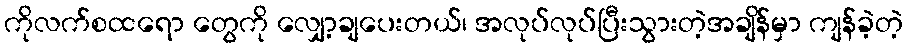
ကိုလက်စထရော တွေကို လျှော့ချပေးတယ်၊ အလုပ်လုပ်ပြီးသွားတဲ့အချိန်မှာ ကျန်ခဲ့တဲ့